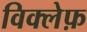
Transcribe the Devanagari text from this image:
विक्लेफ़